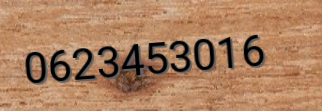
0623453016